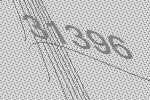
31396